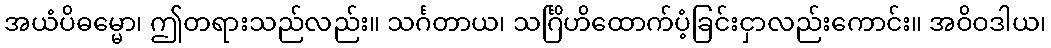
အယံပိဓမ္မော၊ ဤတရားသည်လည်း။ သင်္ဂတာယ၊ သင်္ဂြိဟိထောက်ပံ့ခြင်းငှာလည်းကောင်း။ အဝိဝဒါယ၊